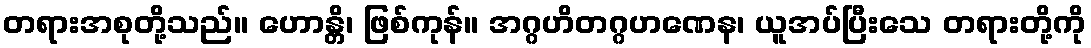
တရားအစုတို့သည်။ ဟောန္တိ၊ ဖြစ်ကုန်။ အဂ္ဂဟိတဂ္ဂဟဏေန၊ ယူအပ်ပြီးသေ တရားတို့ကို